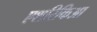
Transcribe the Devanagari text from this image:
एशरिकिआ